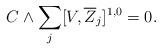
LaTeX: \begin{align*}C\wedge \sum_j[V, {\overline{Z}}_j]^{1,0}=0.\end{align*}